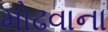
મોઢવાના